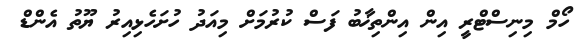
ހޯމް މިނިސްޓްރީ އިން އިންތިޚާބު ފަސް ކުރުމަށް މިއަދު ހުށަހެޅިއިރު ޔޫތު އެންޑް